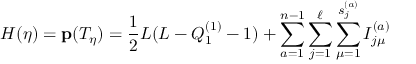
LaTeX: H ( \eta ) = { \bf p } ( T _ { \eta } ) = { \frac { 1 } { 2 } } L ( L - Q _ { 1 } ^ { ( 1 ) } - 1 ) + \sum _ { a = 1 } ^ { n - 1 } \sum _ { j = 1 } ^ { \ell } \sum _ { \mu = 1 } ^ { s _ { j } ^ { ( a ) } } I _ { j \mu } ^ { ( a ) }